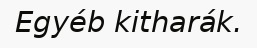
Egyéb kitharák.